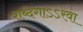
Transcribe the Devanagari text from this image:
शब्दगाऽऽरवा